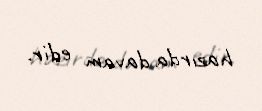
hazırda davam edir.